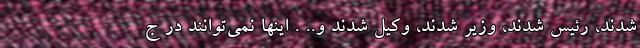
شدند، رئیس شدند، وزیر شدند، وکیل شدند و.. . اینها نمی‌توانند در ج